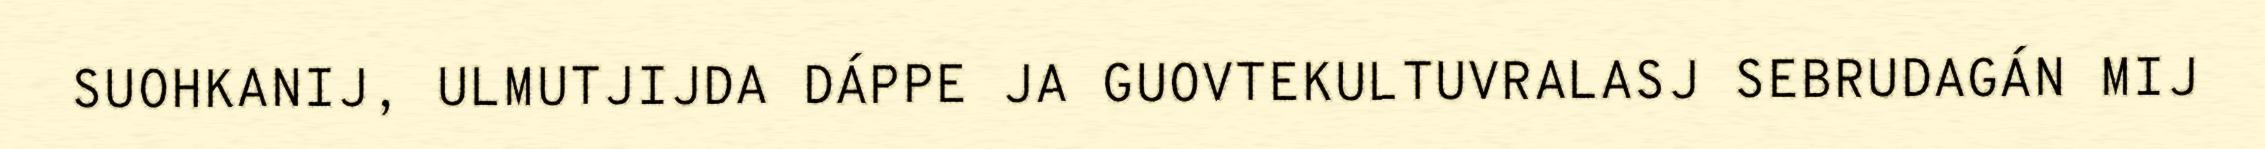
SUOHKANIJ, ULMUTJIJDA DÁPPE JA GUOVTEKULTUVRALASJ SEBRUDAGÁN MIJ